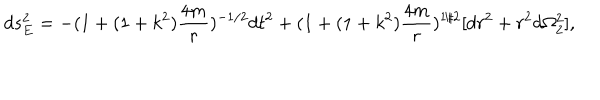
d s _ { E } ^ { 2 } = - ( 1 + ( 1 + k ^ { 2 } ) \frac { 4 m } { r } ) ^ { - 1 / 2 } d t ^ { 2 } + ( 1 + ( 1 + k ^ { 2 } ) \frac { 4 m } { r } ) ^ { 1 / 2 } [ d r ^ { 2 } + r ^ { 2 } d \Omega _ { 2 } ^ { 2 } ] ,